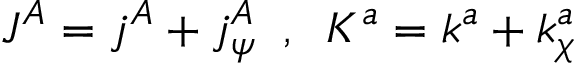
J ^ { A } = j ^ { A } + j _ { \psi } ^ { A } \; \; , \; \; K ^ { a } = k ^ { a } + k _ { \chi } ^ { a }